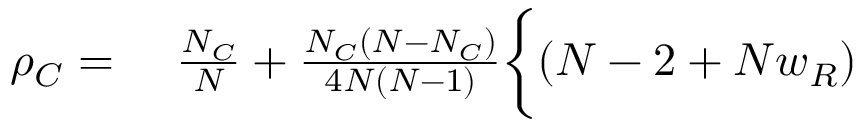
\begin{array} { r l } { \rho _ { C } = } & { { } ~ \frac { N _ { C } } { N } + \frac { N _ { C } ( N - N _ { C } ) } { 4 N ( N - 1 ) } \bigg \{ ( N - 2 + N w _ { R } ) } \end{array}